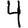
Digit: 4